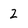
Character: 2